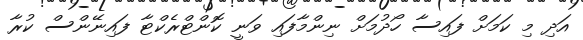
އަދި މި ކަމަށް ފައިސާ ހޯދުމަށް ނިންމާފައި ވަނީ ކޮންޓްރެކްޓާ ފައިނޭންސް ކުރާ